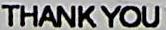
THANK YOU